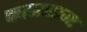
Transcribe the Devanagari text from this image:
कहरनामा